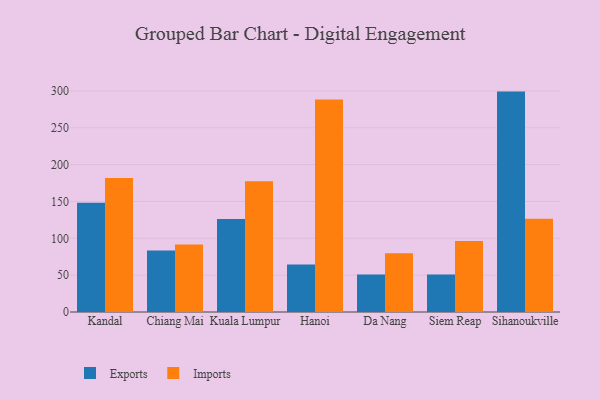
{"axis": {"x": "City", "y": "Market Share (%)"}, "legend": ["Exports", "Imports"], "data": [{"x": "Kandal", "y": 148.3, "type": "Exports"}, {"x": "Kandal", "y": 182.0, "type": "Imports"}, {"x": "Chiang Mai", "y": 83.5, "type": "Exports"}, {"x": "Chiang Mai", "y": 91.7, "type": "Imports"}, {"x": "Kuala Lumpur", "y": 126.2, "type": "Exports"}, {"x": "Kuala Lumpur", "y": 177.4, "type": "Imports"}, {"x": "Hanoi", "y": 64.4, "type": "Exports"}, {"x": "Hanoi", "y": 288.4, "type": "Imports"}, {"x": "Da Nang", "y": 50.8, "type": "Exports"}, {"x": "Da Nang", "y": 79.6, "type": "Imports"}, {"x": "Siem Reap", "y": 50.8, "type": "Exports"}, {"x": "Siem Reap", "y": 96.5, "type": "Imports"}, {"x": "Sihanoukville", "y": 299.1, "type": "Exports"}, {"x": "Sihanoukville", "y": 126.4, "type": "Imports"}]}